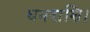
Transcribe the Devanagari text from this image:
धनराशि।